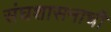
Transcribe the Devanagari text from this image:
संघशासनाची